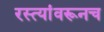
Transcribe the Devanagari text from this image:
रस्त्यांवरूनच